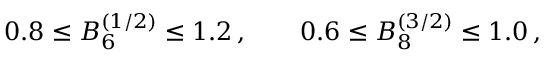
0 . 8 \le B _ { 6 } ^ { ( 1 / 2 ) } \le 1 . 2 \, , \qquad 0 . 6 \le B _ { 8 } ^ { ( 3 / 2 ) } \le 1 . 0 \, ,